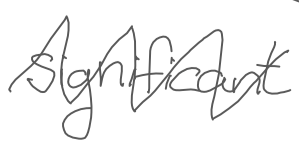
Text: significant
Cross-out: zig-zag
Writing tool: digital_gray